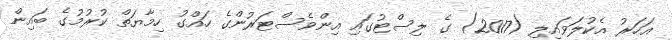
އަހަރު އެކުލަވައިލި (2017) ގެ ލިސްޓުގައި އިންވެސްޓަރުންގެ ހައްގު ހިމާޔަތް ކުރުމުގެ ބައިން